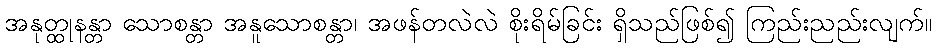
အနုတ္ထုနန္တာ သောစန္တာ အနူသောစန္တာ၊ အဖန်တလဲလဲ စိုးရိမ်ခြင်း ရှိသည်ဖြစ်၍ ကြည်းညည်းလျက်။